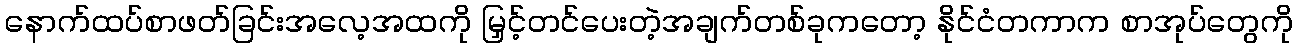
နောက်ထပ်စာဖတ်ခြင်းအလေ့အထကို မြှင့်တင်ပေးတဲ့အချက်တစ်ခုကတော့ နိုင်ငံတကာက စာအုပ်တွေကို